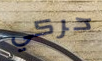
حركي